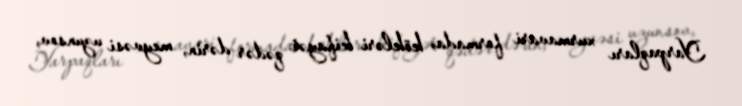
Yarpaqları xurmavari formada, kökləri kifayət qədər dərin, meyvəsi uzunsov,